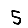
Digit: 5